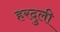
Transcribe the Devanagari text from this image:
हरदुली